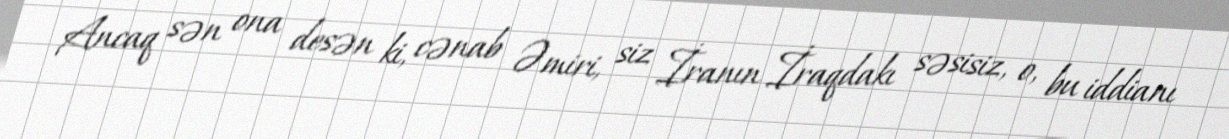
Ancaq sən ona desən ki, cənab Əmiri, siz İranın İraqdakı səsisiz, o, bu iddianı